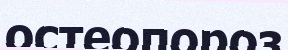
остеопороз